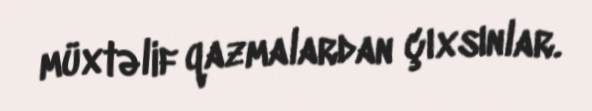
müxtəlif qazmalardan çıxsınlar.